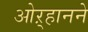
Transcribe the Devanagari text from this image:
ओऱ्हानने